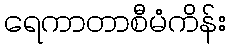
ရေကာတာစီမံကိန်း